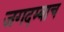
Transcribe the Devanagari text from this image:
जगदम्बाच